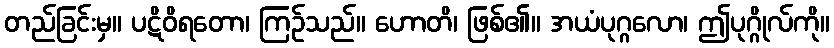
တည်ခြင်းမှ။ ပဋိဝိရတော၊ ကြဉ်သည်။ ဟောတိ၊ ဖြစ်၏။ အယံပုဂ္ဂလော၊ ဤပုဂ္ဂိုလ်ကို။